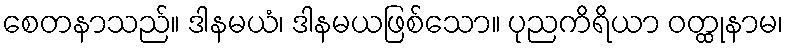
စေတနာသည်။ ဒါနမယံ၊ ဒါနမယဖြစ်သော။ ပုညကိရိယာ ဝတ္ထုနာမ၊